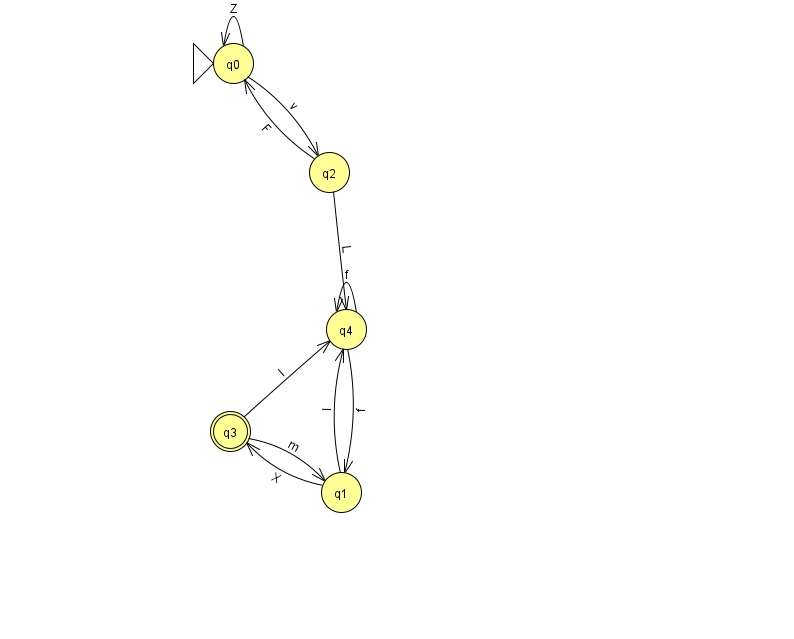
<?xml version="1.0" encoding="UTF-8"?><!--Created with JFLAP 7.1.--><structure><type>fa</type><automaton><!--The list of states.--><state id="0" name="q0"><x>233.0</x><y>50.0</y><initial/></state><state id="1" name="q1"><x>341.0</x><y>479.0</y></state><state id="2" name="q2"><x>329.0</x><y>159.0</y></state><state id="3" name="q3"><x>230.0</x><y>418.0</y><final/></state><state id="4" name="q4"><x>346.0</x><y>316.0</y></state><!--The list of transitions.--><transition><from>1</from><to>3</to><read>X</read></transition><transition><from>2</from><to>4</to><read>L</read></transition><transition><from>3</from><to>1</to><read>m</read></transition><transition><from>4</from><to>4</to><read>f</read></transition><transition><from>1</from><to>4</to><read>I</read></transition><transition><from>4</from><to>1</to><read>f</read></transition><transition><from>0</from><to>0</to><read>Z</read></transition><transition><from>0</from><to>2</to><read>v</read></transition><transition><from>2</from><to>0</to><read>F</read></transition><transition><from>3</from><to>4</to><read>I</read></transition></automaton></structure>